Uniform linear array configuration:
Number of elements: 48
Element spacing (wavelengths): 1
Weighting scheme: kaiser
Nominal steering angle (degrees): -15
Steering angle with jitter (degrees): -13.891
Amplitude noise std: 0.05
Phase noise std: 0.05

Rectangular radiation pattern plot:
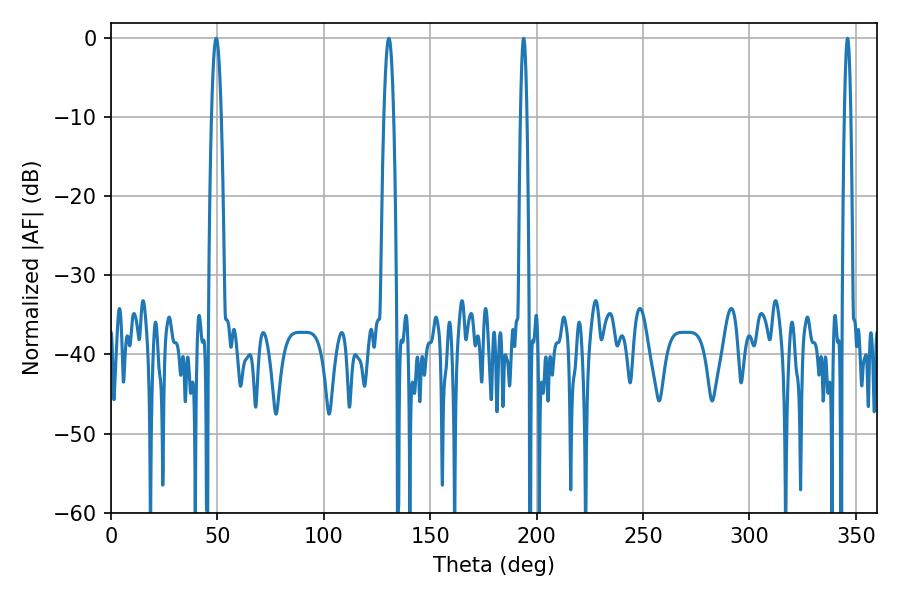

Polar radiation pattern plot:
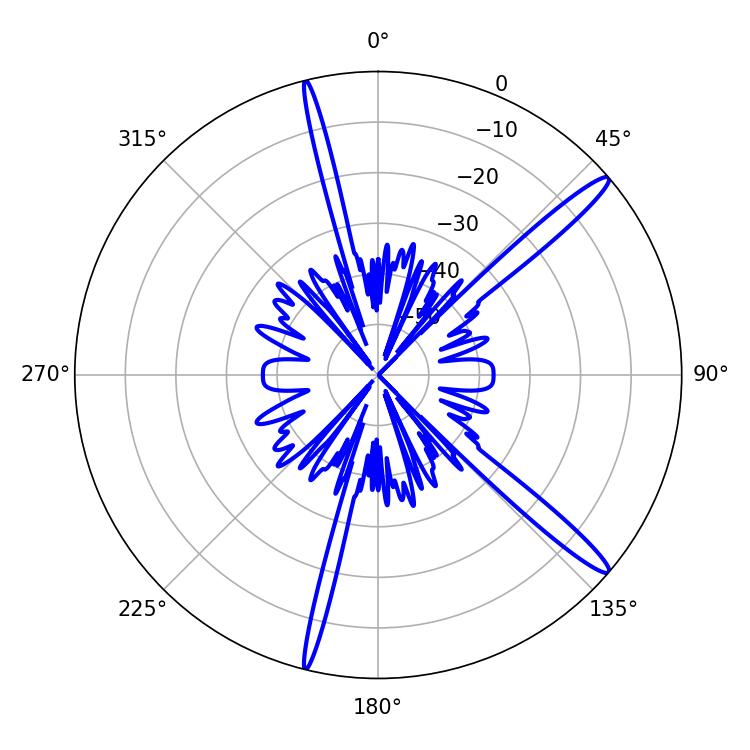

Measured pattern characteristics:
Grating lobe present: TRUE
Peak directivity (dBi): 15.406
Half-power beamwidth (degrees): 2.52
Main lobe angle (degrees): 49.5